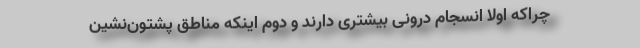
چراکه اولا انسجام درونی بیشتری دارند و دوم اینکه مناطق پشتون‌نشین